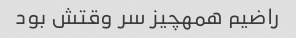
راضیم همهچیز سر وقتش بود